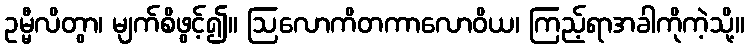
ဥမ္မီလိတွာ၊ မျက်စိဖွင့်၍။ ဩလောကိတကာလောဝိယ၊ ကြည့်ရာအခါကိုကဲ့သို့။